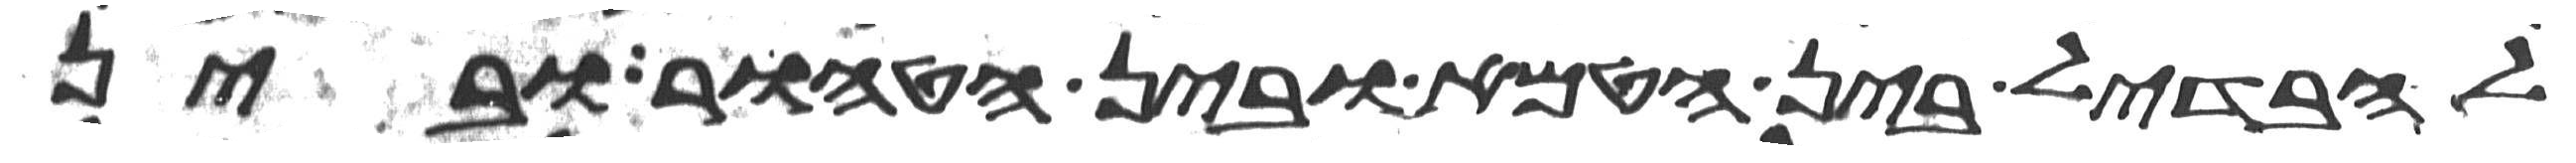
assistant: להבדיל בין הטמא ובין הטהור ובין